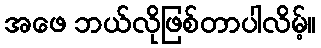
အဖေ ဘယ်လိုဖြစ်တာပါလိမ့်။